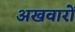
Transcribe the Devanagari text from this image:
अखवारों